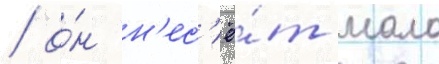
/ о́н н'ес'ё́т мало